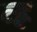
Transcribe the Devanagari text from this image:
व्ह्न